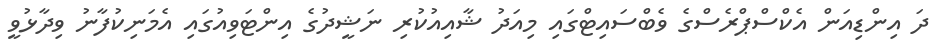
ދަ އިންޑިއަން އެކްސްޕްރެސްގެ ވެބްސައިޓްގައި މިއަދު ޝާއިއުކުރި ނަޝީދުގެ އިންޓަވިއުގައި އެމަނިކުފާނު ވިދާޅުވީ